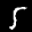
Label: 5